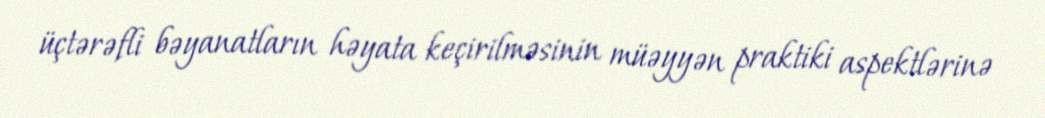
üçtərəfli bəyanatların həyata keçirilməsinin müəyyən praktiki aspektlərinə